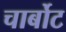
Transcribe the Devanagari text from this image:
चार्बोट